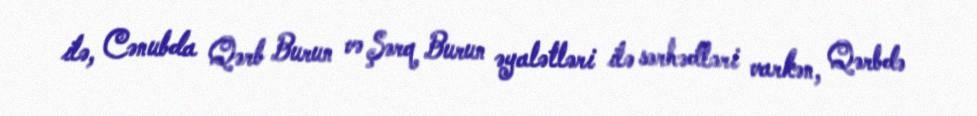
ilə, Cənubda Qərb Burun və Şərq Burun əyalətləri ilə sərhədləri varkən, Qərbdə